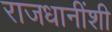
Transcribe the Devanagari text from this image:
राजधानींशी